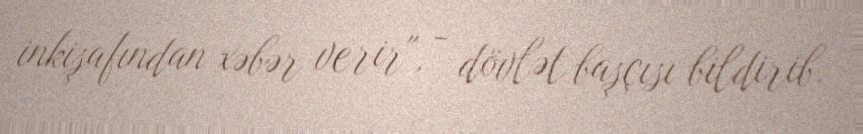
inkişafından xəbər verir", - dövlət başçısı bildirib.